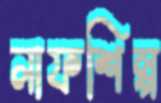
লাফশিল্প